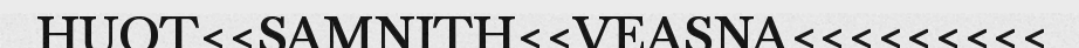
HUOT<<SAMNITH<<VEASNA<<<<<<<<<